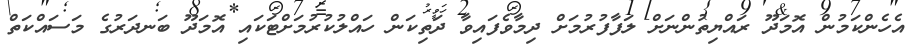
އެހެންކަމުން އޮމަދޫ ރައްޔިތުންނަށް ލަފާފުރުމަށް ދިމާވެފައިވާ ދަތިކަން ހައްލުކުރުމަށްޓަކައި އޮމަދޫ ބަނދަރުގެ މަސައްކަތް